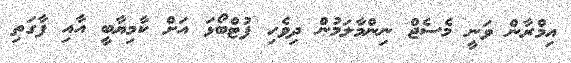
އިމްރާން ވަނީ މެސެޖް ނިންމާލަމުން ދިވެހި ފުޓްބޯޅަ އަށް ކާމިޔާބީ އާއި ފާގަތި